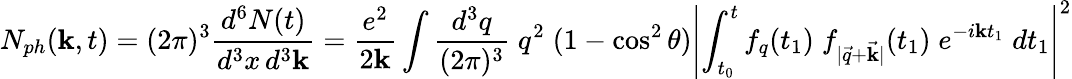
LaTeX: N_{ph}(\mathbf{k},t)=(2\pi)^{3}\frac{{d^{6}N(t)}}{{d^{3}x\, d^{3}\mathbf{k}}}=\frac{{e^{2}}}{{2\mathbf{k}}}\int\frac{{d^{3}q}}{{(2\pi)^{3}}}\; q^{2}\; (1-\cos^{2}\theta)\left|\int_{t_{0}}^{t}f_{q}(t_{1})\; f_{|\vec{{q}}+\vec{{\mathbf{k}}}|}(t_{1})\; e^{-i\mathbf{k}t_{1}}\; dt_{1}\right|^{2}